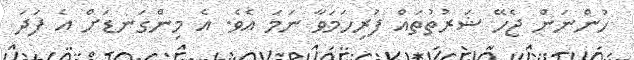
ހުންނަން ޖެހޭ ޝަރުތުތައް ފުރިހަމަވާ ނަމަ އެވެ. އެ މިންގަނޑަށް އެ ފަދަ